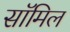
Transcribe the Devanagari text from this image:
सॉमिल